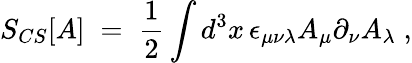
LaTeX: S_{CS}[A]\; =\; \frac{1}{2}\int d^{3}x\, \epsilon_{\mu\nu\lambda}A_{\mu}\partial_{\nu}A_{\lambda}\; ,